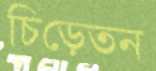
চিড়েতন